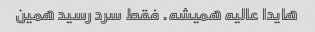
هایدا عالیه همیشه. فقط سرد رسید همین